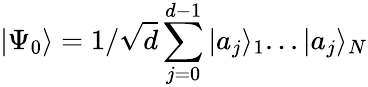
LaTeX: |\Psi_{0}\rangle=1/\sqrt{d}\sum_{j=0}^{d-1}|a_{j}\rangle_{1}...|a_{j}\rangle_{N}